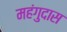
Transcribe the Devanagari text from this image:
महंगुदास